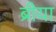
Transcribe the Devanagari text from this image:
ब्रीया